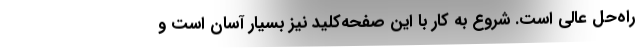
راه‌حل عالی است. شروع به کار با این صفحه‌کلید نیز بسیار آسان است و